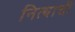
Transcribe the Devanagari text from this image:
नित्याची